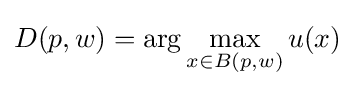
D(p,w)=\arg \max _{x\in B(p,w)}u(x)